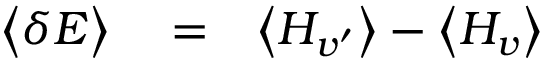
\begin{array} { r l r } { \big < \delta E \big > } & { { } = } & { \big < H _ { v ^ { \prime } } \big > - \big < H _ { v } \big > } \end{array}